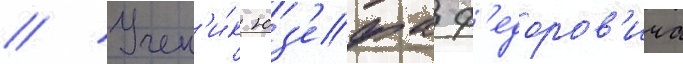
// Учен'и́к юз'ефа ф'едоров'ича